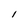
Character: l